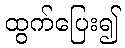
ထွက်ပြေး၍